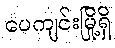
ပေကျင်းမြို့ရှိ